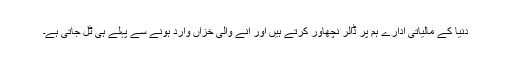
دنیا کے مالیاتی ادارے ہم پر ڈالر نچھاور کرتے ہیں اور آنے والی خزاں وارد ہونے سے پہلے ہی ٹل جاتی ہے۔